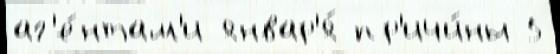
аг'е́нтам'и январ'я́ пр'ичи́ны 5